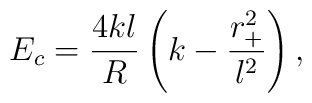
E_c= \frac{4kl}{R}\left (k-\frac{r_+^2}{l^2} \right),